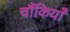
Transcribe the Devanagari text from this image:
चौंकियाँ